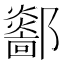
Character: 𨟏